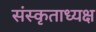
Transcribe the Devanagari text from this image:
संस्कृताध्यक्ष